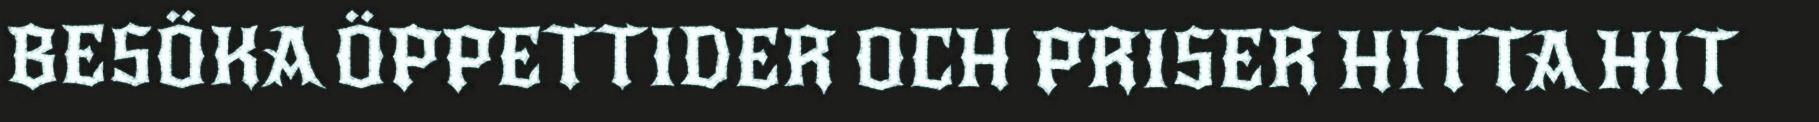
BESÖKA ÖPPETTIDER OCH PRISER HITTA HIT